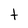
Character: t